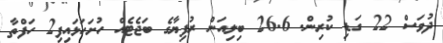
ދުވަސް 22 ގަޑި ކުރިން. 26.6 ބިލިއަން ރުފިޔާގެ ބަޖެޓެއް ހުށަހަޅައިފި2 ހަފްތާ